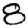
Digit: 8